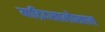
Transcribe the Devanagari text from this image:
माद्रिदखालोखाल